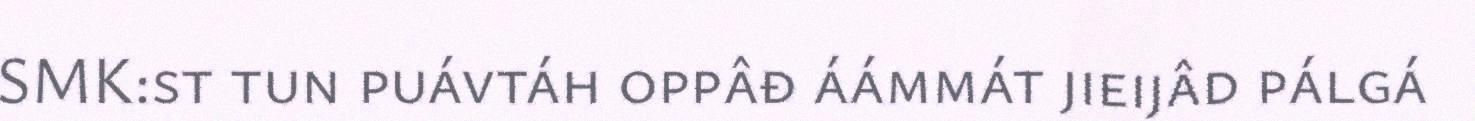
SMK:st tun puávtáh oppâđ áámmát jieijâd pálgá